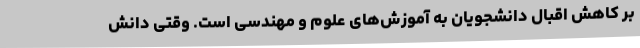
بر کاهش اقبال دانشجویان به آموزش‌های علوم و مهندسی است. وقتی دانش